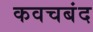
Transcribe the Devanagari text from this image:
कवचबंद